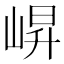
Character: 𭖬